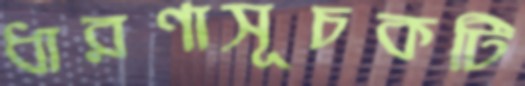
ধারণাসূচকটি